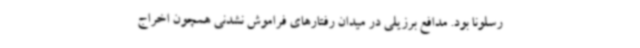
رسلونا بود. مدافع برزیلی در میدان رفتارهای فراموش نشدنی همچون اخراج